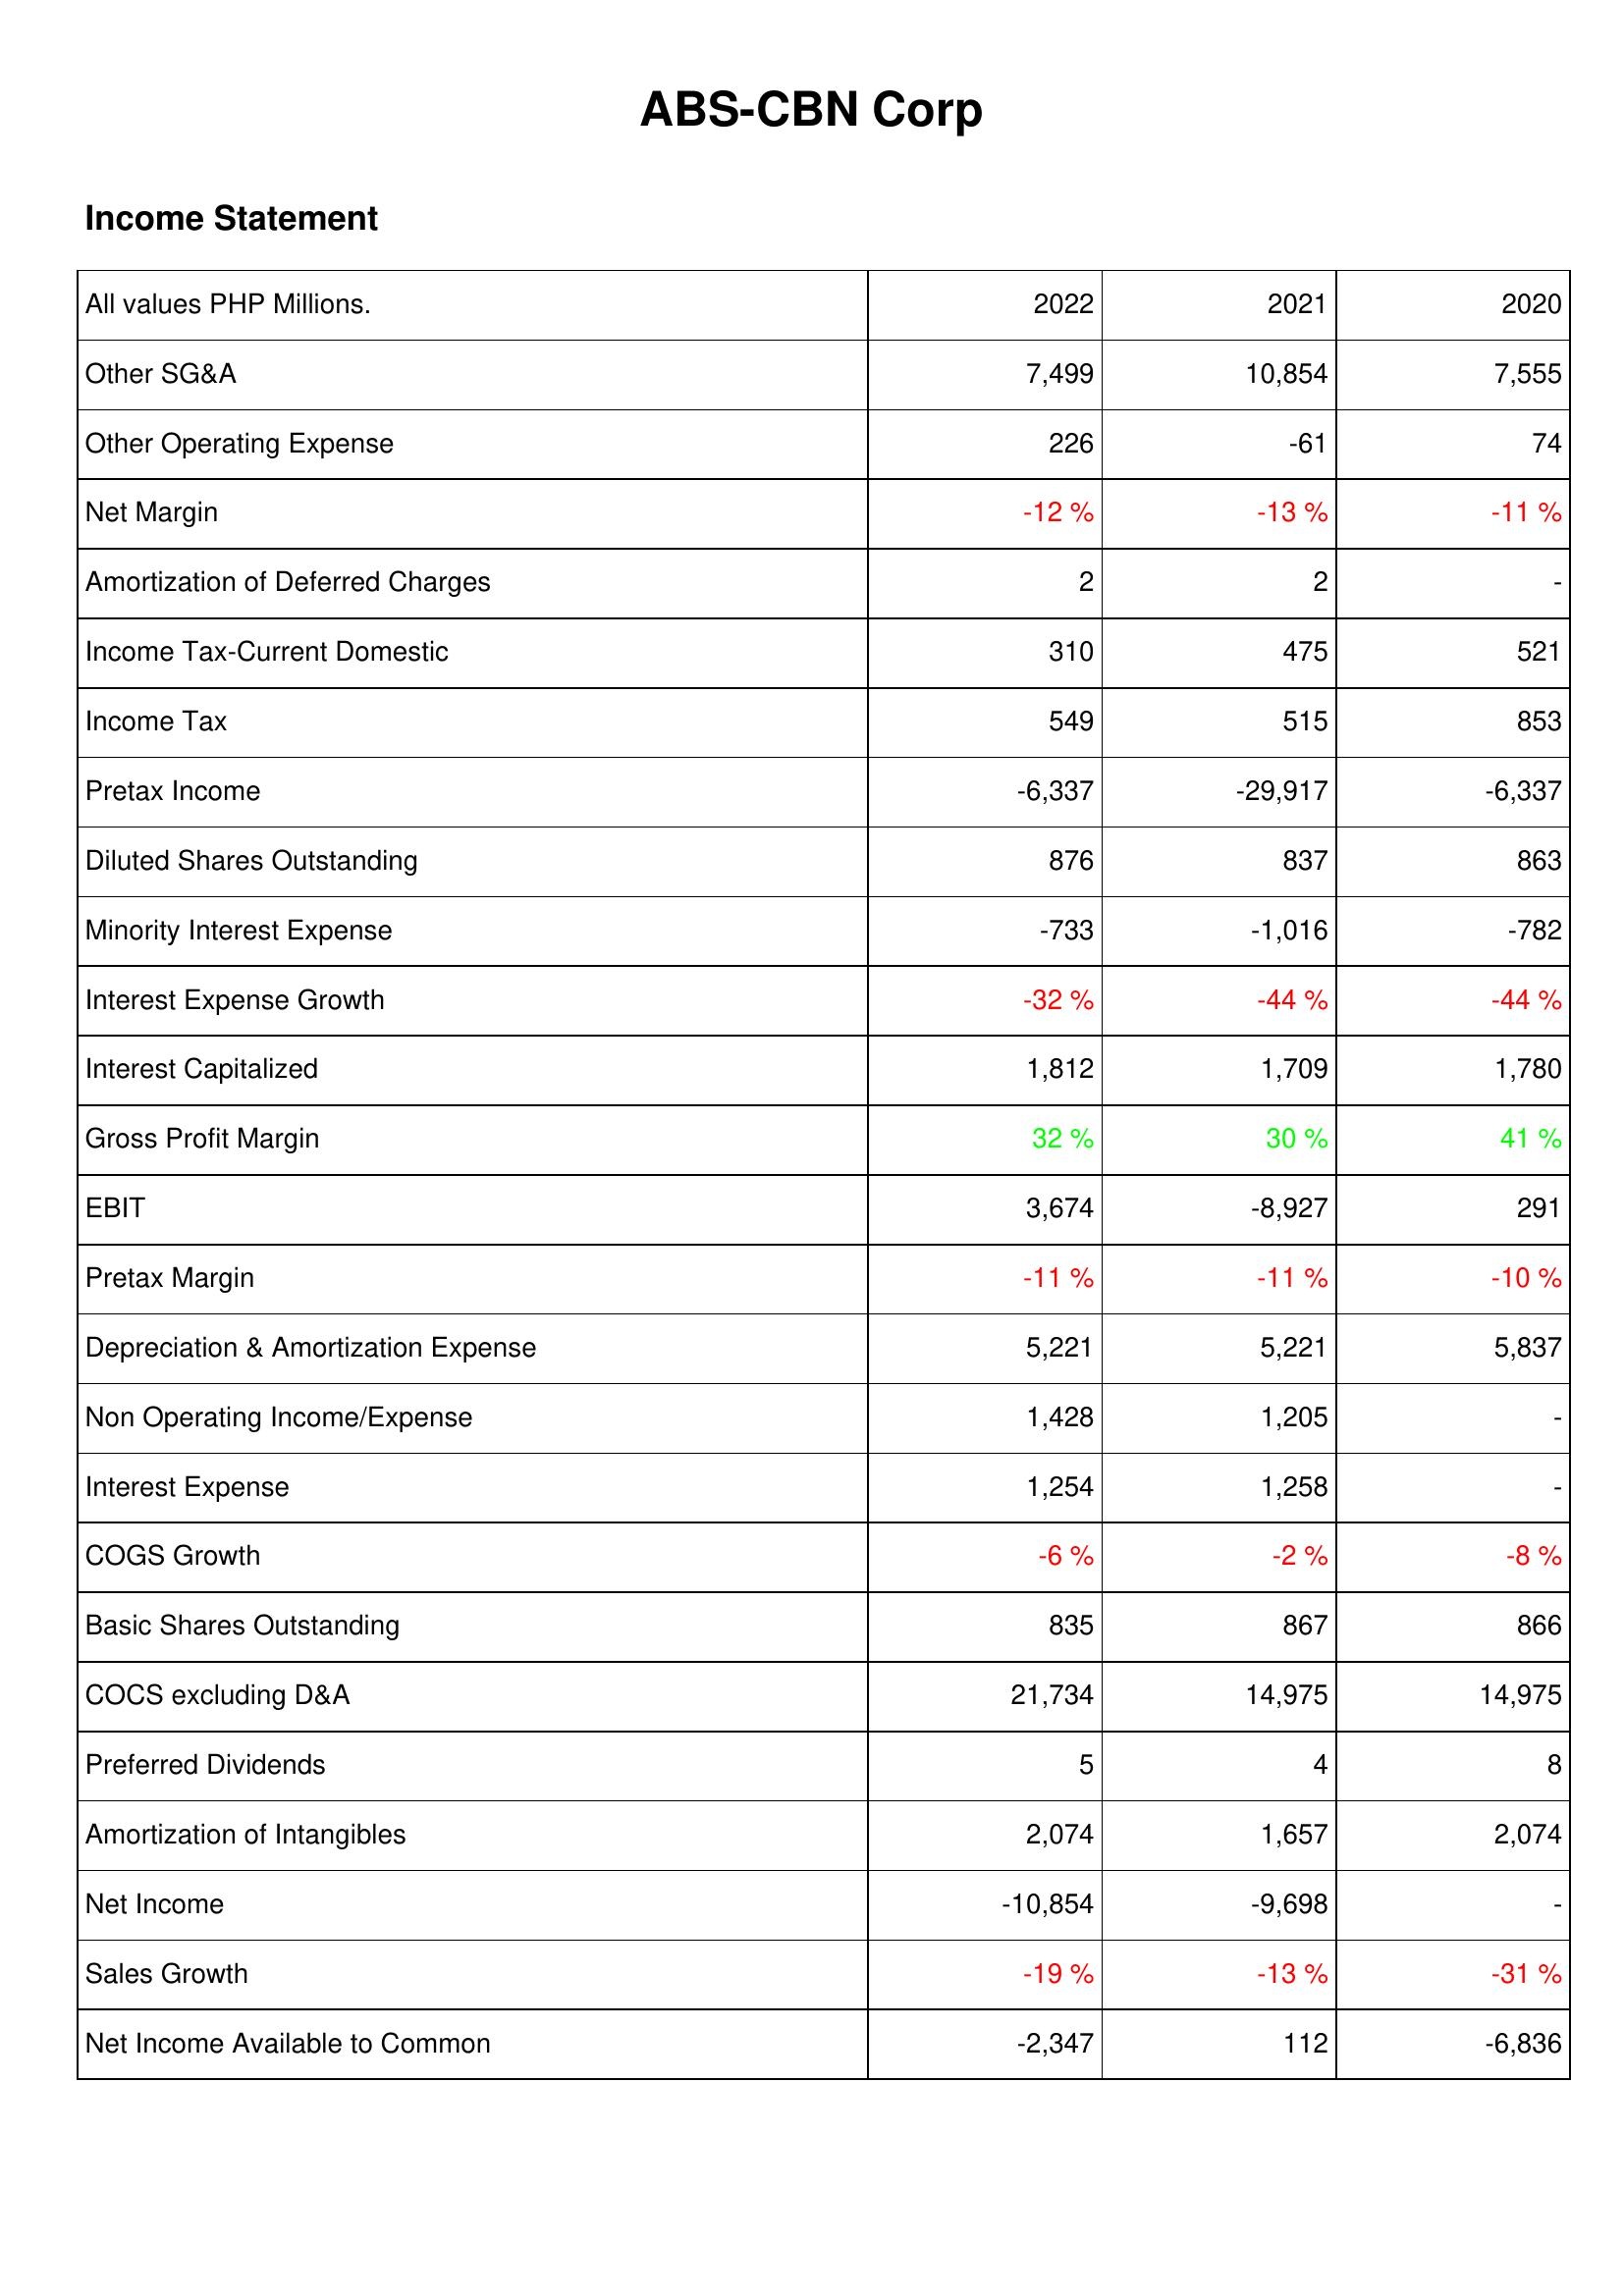
2022: Income Statement: Other SG&A: 7,499
Other Operating Expense: 226
Net Margin: -12 %
Amortization of Deferred Charges: 2
Income Tax-Current Domestic: 310
Income Tax: 549
Pretax Income: -6,337
Diluted Shares Outstanding: 876
Minority Interest Expense: -733
Interest Expense Growth: -32 %
Interest Capitalized: 1,812
Gross Profit Margin: 32 %
EBIT: 3,674
Pretax Margin: -11 %
Depreciation & Amortization Expense: 5,221
Non Operating Income/Expense: 1,428
Interest Expense: 1,254
COGS Growth: -6 %
Basic Shares Outstanding: 835
COCS excluding D&A: 21,734
Preferred Dividends: 5
Amortization of Intangibles: 2,074
Net Income: -10,854
Sales Growth: -19 %
Net Income Available to Common: -2,347
2021: Income Statement: Other SG&A: 10,854
Other Operating Expense: -61
Net Margin: -13 %
Amortization of Deferred Charges: 2
Income Tax-Current Domestic: 475
Income Tax: 515
Pretax Income: -29,917
Diluted Shares Outstanding: 837
Minority Interest Expense: -1,016
Interest Expense Growth: -44 %
Interest Capitalized: 1,709
Gross Profit Margin: 30 %
EBIT: -8,927
Pretax Margin: -11 %
Depreciation & Amortization Expense: 5,221
Non Operating Income/Expense: 1,205
Interest Expense: 1,258
COGS Growth: -2 %
Basic Shares Outstanding: 867
COCS excluding D&A: 14,975
Preferred Dividends: 4
Amortization of Intangibles: 1,657
Net Income: -9,698
Sales Growth: -13 %
Net Income Available to Common: 112
2020: Income Statement: Other SG&A: 7,555
Other Operating Expense: 74
Net Margin: -11 %
Amortization of Deferred Charges: -
Income Tax-Current Domestic: 521
Income Tax: 853
Pretax Income: -6,337
Diluted Shares Outstanding: 863
Minority Interest Expense: -782
Interest Expense Growth: -44 %
Interest Capitalized: 1,780
Gross Profit Margin: 41 %
EBIT: 291
Pretax Margin: -10 %
Depreciation & Amortization Expense: 5,837
Non Operating Income/Expense: -
Interest Expense: -
COGS Growth: -8 %
Basic Shares Outstanding: 866
COCS excluding D&A: 14,975
Preferred Dividends: 8
Amortization of Intangibles: 2,074
Net Income: -
Sales Growth: -31 %
Net Income Available to Common: -6,836